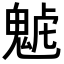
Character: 𩲼